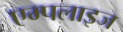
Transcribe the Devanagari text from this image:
एम्पलाइज